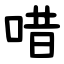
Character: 唶